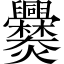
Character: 爨